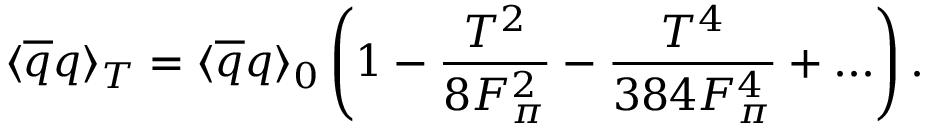
\langle \overline { { { q } } } q \rangle _ { T } = \langle \overline { { { q } } } q \rangle _ { 0 } \left( 1 - \frac { T ^ { 2 } } { 8 F _ { \pi } ^ { 2 } } - \frac { T ^ { 4 } } { 3 8 4 F _ { \pi } ^ { 4 } } + . . . \right) .